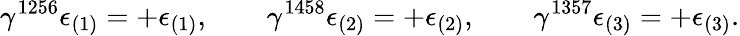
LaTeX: \gamma^{1256}\epsilon_{(1)}=+\epsilon_{(1)},\qquad\gamma^{1458}\epsilon_{(2)}=+\epsilon_{(2)},\qquad\gamma^{1357}\epsilon_{(3)}=+\epsilon_{(3)}.